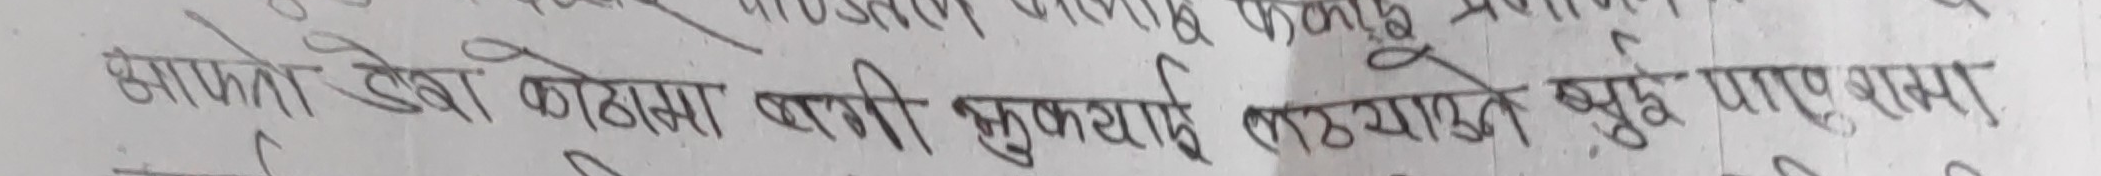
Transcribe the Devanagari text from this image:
सामनेको देखा कोठामा बत्ती झुलिरहेकोले सुङ्दै पाइएन।